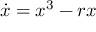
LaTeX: { \dot { x } } = x ^ { 3 } - r x